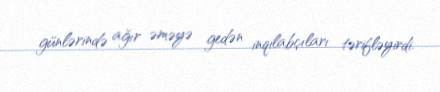
günlərində ağır əməyə gedən inqilabçıları tərifləyirdi.